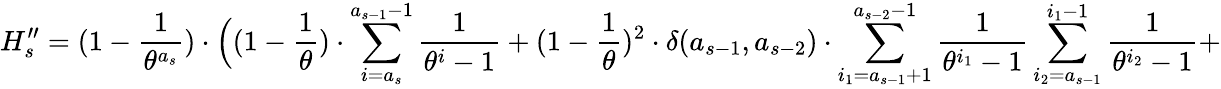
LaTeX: H_{s}^{\prime\prime}=(1-\frac{1}{\theta^{a_{s}}})\cdot\Big((1-\frac{1}{\theta})\cdot\sum_{i=a_{s}}^{a_{s-1}-1}\frac{1}{\theta^{i}-1}+(1-\frac{1}{\theta})^{2}\cdot\delta(a_{s-1},a_{s-2})\cdot\sum_{i_{1}=a_{s-1}+1}^{a_{s-2}-1}\frac{1}{\theta^{i_{1}}-1}\sum_{i_{2}=a_{s-1}}^{i_{1}-1}\frac{1}{\theta^{i_{2}}-1}+